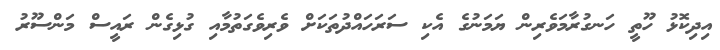
އިދިކޮޅު ހޫތީ ހަނގުރާމަވެރިން ޔަމަނުގެ އެކި ސަރަހައްދުތަކަށް ވެރިވެގަތުމާއި ގުޅިގެން ރައީސް މަންސޫރު